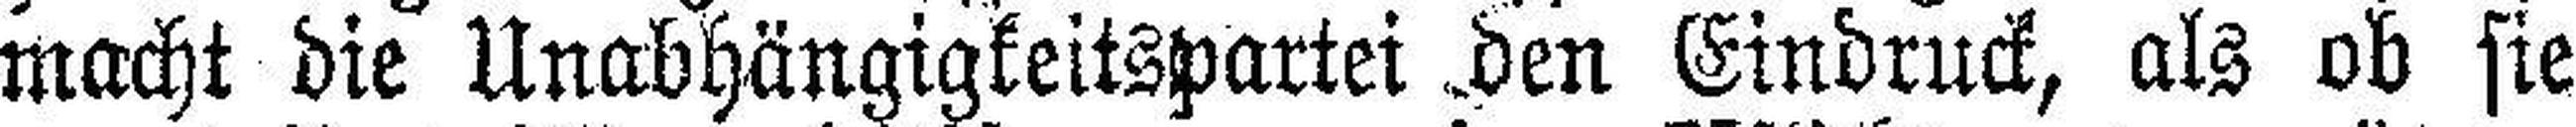
macht die Unabhängigkeitspartei den Eindruck, als ob sie